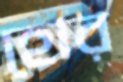
হোর